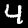
Label: 4